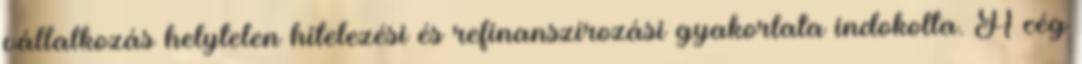
vállalkozás helytelen hitelezési és refinanszírozási gyakorlata indokolta. A cég